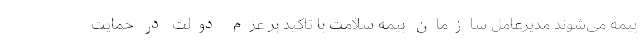
بیمه می‌شوند مدیرعامل سازمان بیمه سلامت با تاکید بر عزم دولت در حمایت